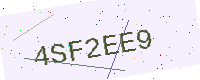
Text: 4SF2EE9